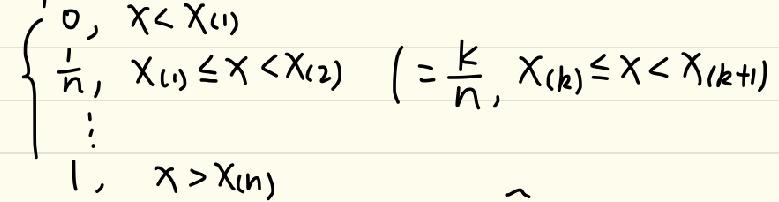
\[\begin{cases}
\frac{1}{n}, & x<X_{(1)} \\
\frac{k}{n}, & X_{(k)}\leq x<X_{(k+1)} \\
\vdots & \\
1, & x>X_{(n)}
\end{cases}\]